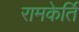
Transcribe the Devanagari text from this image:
रामकेर्ति